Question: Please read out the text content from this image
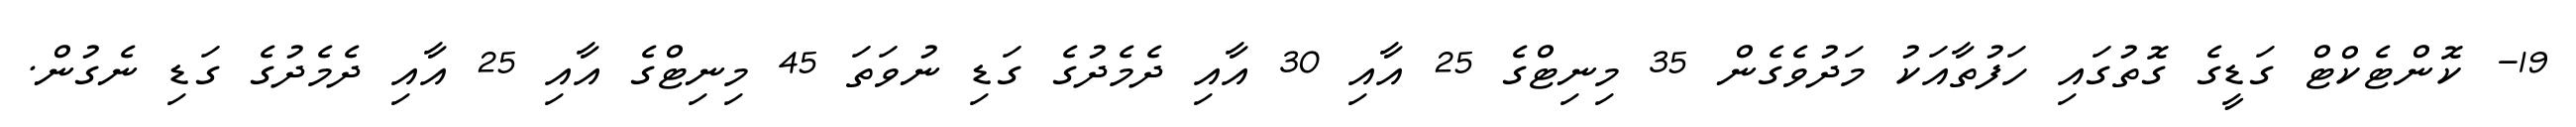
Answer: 19- ކޮންޓެކްޓް ގަޑީގެ ގޮތުގައި ހަފުތާއަކު މަދުވެގެން 35 މިނިޓްގެ 25 އާއި 30 އާއި ދެމެދުގެ ގަޑި ނުވަތަ 45 މިނިޓްގެ އާއި 25 އާއި ދެމެދުގެ ގަޑި ނެގުން.